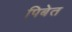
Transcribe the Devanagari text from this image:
पिबेत